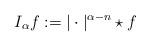
LaTeX: \begin{align*}I_\alpha f:=|\cdot|^{\alpha-n}\star f\end{align*}